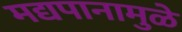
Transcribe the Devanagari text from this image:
मद्यपानामुळे